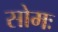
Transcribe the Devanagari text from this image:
सोमः